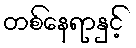
တစ်နေရာနှင့်